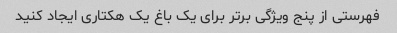
فهرستی از پنج ویژگی برتر برای یک باغ یک هکتاری ایجاد کنید